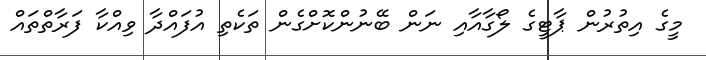
މީގެ އިތުރުން ޕާޓީގެ ލޯގާއާއި ނަން ބޭނުންކޮށްގެން ތަކެތި އުފައްދާ ވިއްކާ ފަރާތްތައް